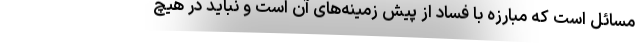
مسائل است که مبارزه با فساد از پیش زمینه‌های آن است و نباید در هیچ